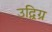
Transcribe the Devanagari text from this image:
उद्विग्र